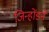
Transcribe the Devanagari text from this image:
जिन्होंडने